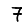
Digit: 7